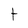
Character: t